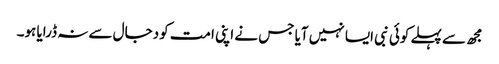
مجھ سے پہلے کوئی نبی ایسا نہیں آیا جس نے اپنی امت کو دجال سے نہ ڈرایا ہو۔